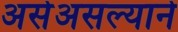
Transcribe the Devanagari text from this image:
असेअसल्याने